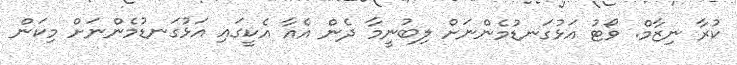
ކުރާ ނިޒާމް. ވޯޓު އަޅުގަނޑުމެންނަށް ލިބުނީމާ ދެން އެއާ އެކީގައި އަޅުގަނޑުމެންނަށް މިކަން